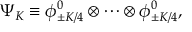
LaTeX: \Psi _ { K } \equiv \phi _ { \pm K / 4 } ^ { 0 } \otimes \cdots \otimes \phi _ { \pm K / 4 } ^ { 0 } ,